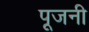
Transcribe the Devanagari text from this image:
पूजनी